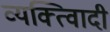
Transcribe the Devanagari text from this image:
व्यक्त्विादी